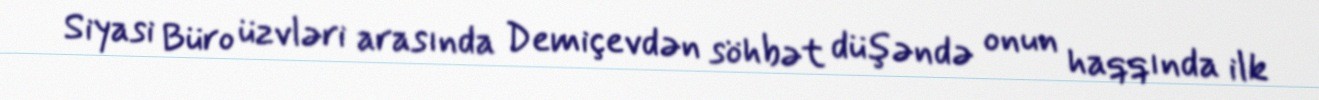
Siyasi Büro üzvləri arasında Demiçevdən söhbət düşəndə onun haqqında ilk